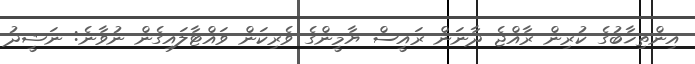
އިންތިޚާބުގެ ކުރިން ރާއްޖެ ދާނަން ރައީސް ޔާމީންގެ ވެރިކަން ވައްޓާލައިގެން ނުވާނެ: ނަޝީދު